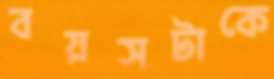
বয়সটাকে